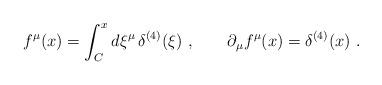
LaTeX: \begin{align*}f^{\mu }(x)=\int_{C}^{x}d\xi ^{\mu }\,\delta ^{(4)}(\xi )\ ,\qquad \partial_{\mu }f^{\mu }(x)=\delta ^{(4)}(x)\ .\end{align*}